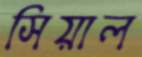
সিয়াল